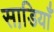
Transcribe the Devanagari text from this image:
साडि़याँ